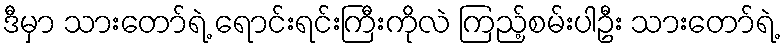
ဒီမှာ သားတော်ရဲ့ ရောင်းရင်းကြီးကိုလဲ ကြည့်စမ်းပါဦး သားတော်ရဲ့